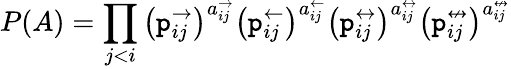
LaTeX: P(A)=\prod_{j<i}\left(\mathtt{p}_{ij}^{\rightarrow}\right)^{a_{ij}^{\rightarrow}}\left(\mathtt{p}_{ij}^{\leftarrow}\right)^{a_{ij}^{\leftarrow}}\left(\mathtt{p}_{ij}^{\leftrightarrow}\right)^{a_{ij}^{\leftrightarrow}}\left(\mathtt{p}_{ij}^{\nleftrightarrow}\right)^{a_{ij}^{\nleftrightarrow}}